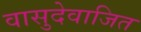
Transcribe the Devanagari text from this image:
वासुदेवाजित